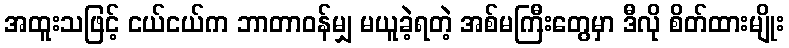
အထူးသဖြင့် ငယ်ငယ်က ဘာတာဝန်မျှ မယူခဲ့ရတဲ့ အစ်မကြီးတွေမှာ ဒီလို စိတ်ထားမျိုး